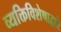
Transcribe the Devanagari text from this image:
व्यक्तिविशेषाद्वारे